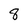
Character: 8